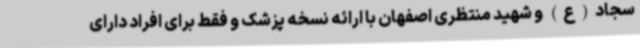
سجاد(ع) و شهید منتظری اصفهان با ارائه نسخه پزشک و فقط برای افراد دارای